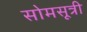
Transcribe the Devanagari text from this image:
सोमसूत्री